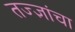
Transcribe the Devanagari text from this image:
तज्‍ज्ञांचा